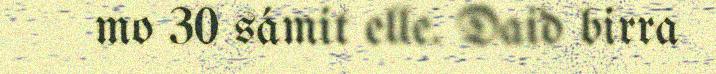
mo 30 sámit elle. Daid birra